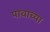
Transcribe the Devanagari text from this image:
पावाच्या